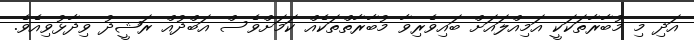
އަދި މި މުބާރާތަކަކީ އަމިއްލައަށް ބައިވެރިވާ މުބާރާތްތަކެއް ކަމަށްވެސް އަބްދުއް ރަޝީދު ވިދާޅުވިއެވެ.